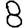
Digit: 8